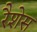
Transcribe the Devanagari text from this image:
रैशेस